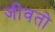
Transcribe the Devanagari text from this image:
जीवतो